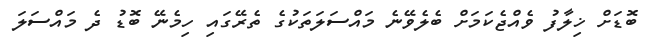
ބޮޑަށް ޚިލާފު ވެއްޖެކަމަށް ބެލެވޭނެ މައްސަލަތަކުގެ ތެރޭގައި ހިމެނޭ ބޮޑު ދެ މައްސަލަ